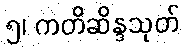
၅၊ ကတိဆိန္ဒသုတ်